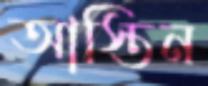
আস্তিন